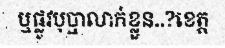
ឬផ្លូវបុប្ផាលាក់ខ្លួន..?ខេត្ត